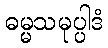
ဓမ္မသမုပ္ပါဒံ